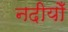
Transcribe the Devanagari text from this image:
नदीयोँ